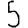
Digit: 5